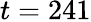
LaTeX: t=241